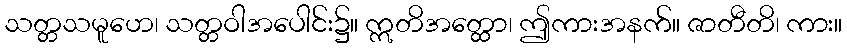
သတ္တသမူဟေ၊ သတ္တဝါအပေါင်း၌။ ဣတိအတ္ထော၊ ဤကားအနက်။ ဇာတီတိ၊ ကား။